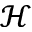
\mathcal { H }